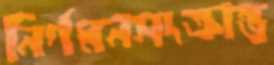
নির্গমনসংক্রান্ত